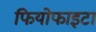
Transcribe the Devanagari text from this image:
फियोफाइटा